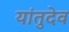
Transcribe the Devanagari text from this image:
यांतुदेव